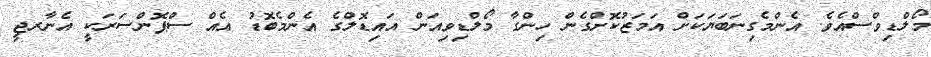
މޯލްޑިވްސްއެވެ. އެންމެގިނަބަޔަކަށް އަމަޒުކޮށްގެން ހިންގާ މޯލްޑިވިއަން އައިޑޮލްގެ އެންމެބޮޑު އެއް ސްޕޮންސަރަކީ އެނާރޖީ